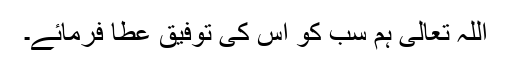
اللہ تعالیٰ ہم سب کو اس کی توفیق عطا فرمائے۔